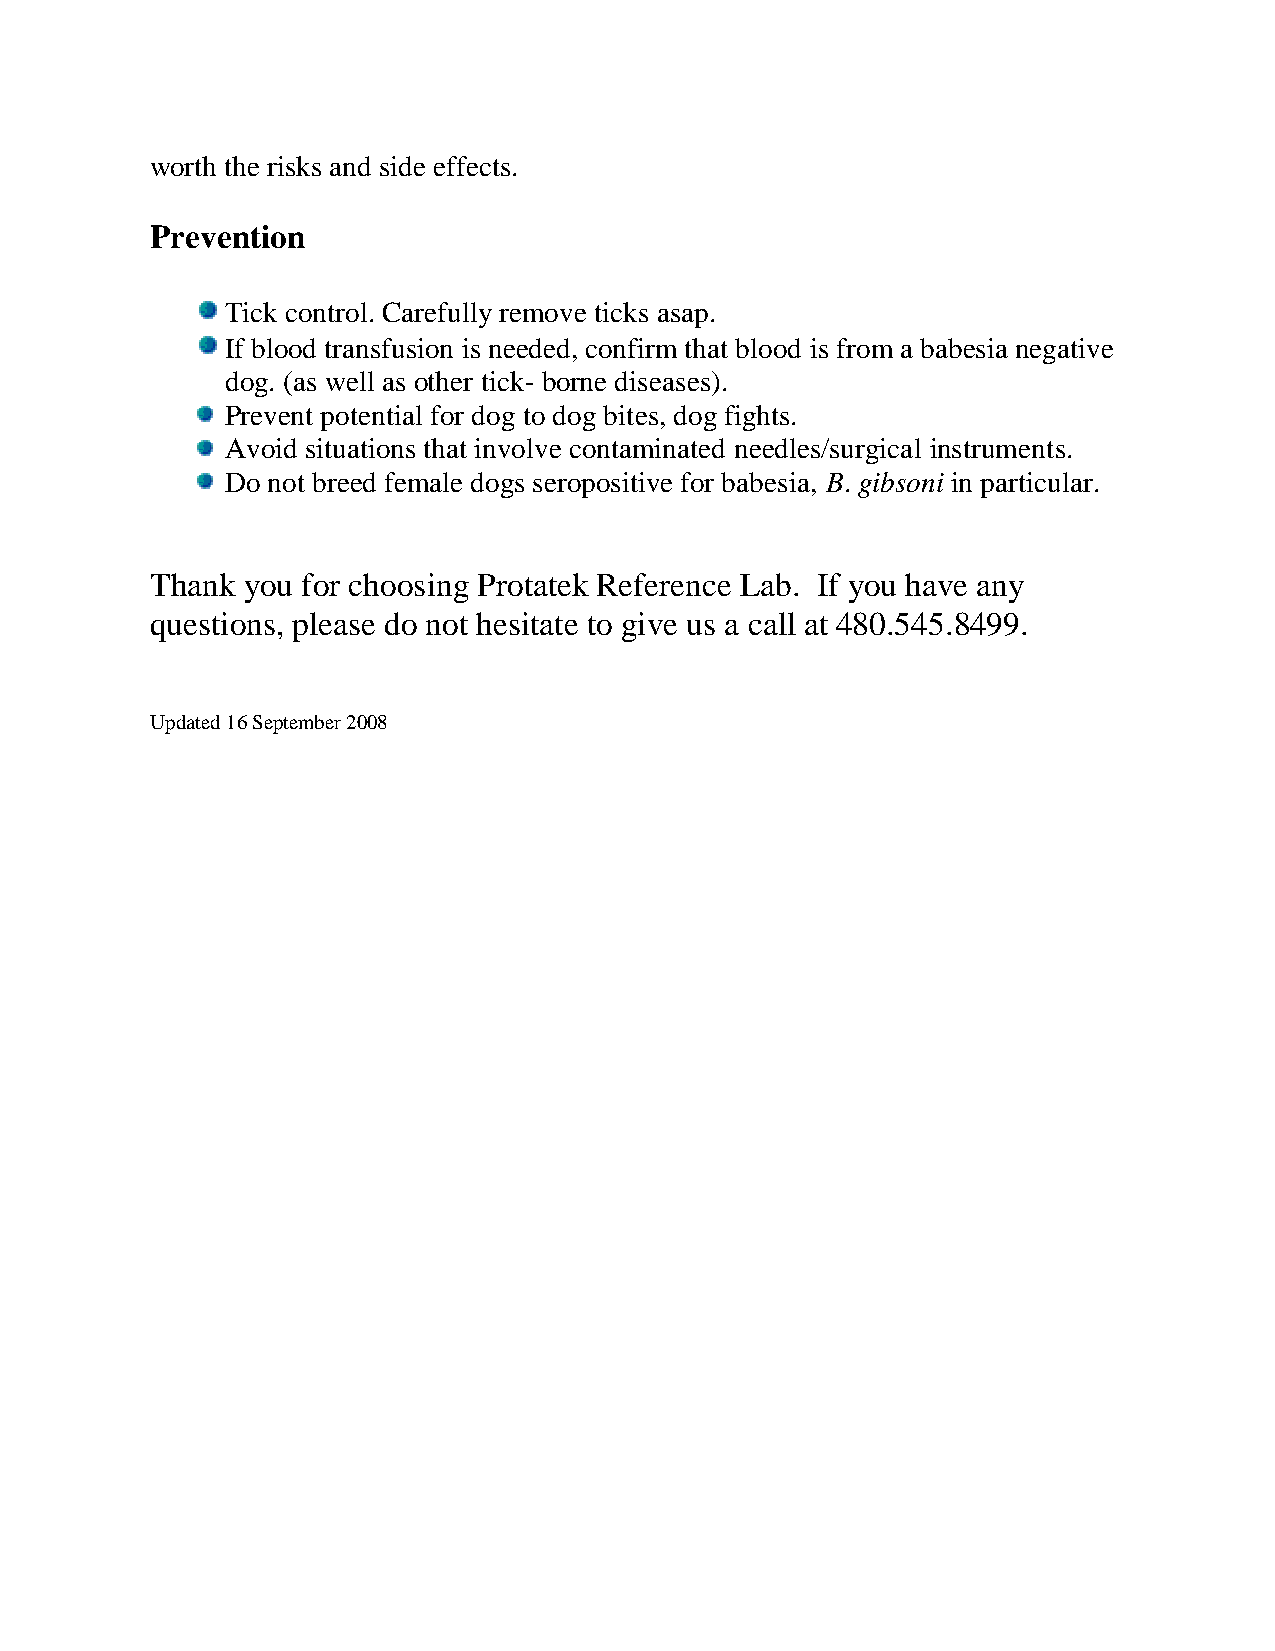
worth the risks and side effects.
 Prevention
 Tick control. Carefully remove ticks asap.
 If blood transfusion is needed, confirm that blood is from a babesia negative
 dog. (as well as other tick- borne diseases).
 Prevent potential for dog to dog bites, dog fights.
 Avoid situations that involve contaminated needles/surgical instruments.
 Do not breed female dogs seropositive for babesia, B. gibsoni in particular.
 Thank you for choosing Protatek Reference Lab. If you have any
 questions, please do not hesitate to give us a call at 480.545.8499.
 Updated 16 September 2008